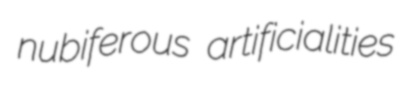
nubiferous artificialities